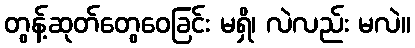
တွန့်ဆုတ်တွေဝေခြင်း မရှိ၊ လဲလည်း မလဲ။